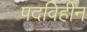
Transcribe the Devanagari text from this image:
पदविहीन